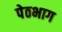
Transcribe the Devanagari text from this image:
पेठभाग